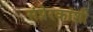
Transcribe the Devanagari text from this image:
संप्रेरकांशी